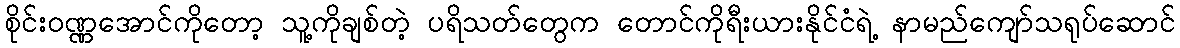
စိုင်းဝဏ္ဏအောင်ကိုတော့ သူ့ကိုချစ်တဲ့ ပရိသတ်တွေက တောင်ကိုရီးယားနိုင်ငံရဲ့ နာမည်ကျော်သရုပ်ဆောင်